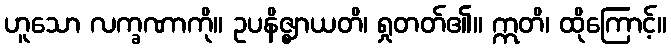
ဟူသော လက္ခဏာကို။ ဥပနိဇ္ဈာယတိ၊ ရှုတတ်၏။ ဣတိ၊ ထိုကြောင့်။